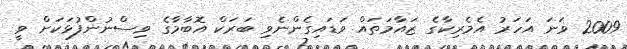
2009 ވަނަ އަހަރު އެމެރިކާގެ ޒައާމަތައް ވަޑައިގެންނެވި ބަރަކް އޮބާމާގެ ވިސްނުންފުޅަކަށް ވީ